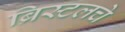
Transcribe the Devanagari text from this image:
ब्रिस्टलचे